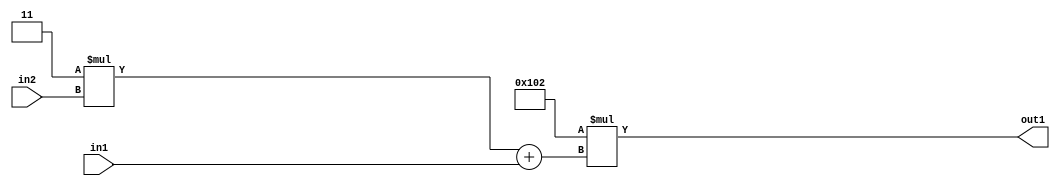
`timescale 1ps / 1ps
/*****************************************************************************
    Verilog RTL Description
    
    
    Created by: Stratus DpOpt 2019.1.01 
*******************************************************************************/

module DC_Filter_Mul2i258Add2u1Mul2i3u2_4 (
	in2,
	in1,
	out1
	); /* architecture "behavioural" */ 
input [1:0] in2;
input  in1;
output [11:0] out1;
wire [11:0] asc001;
wire [3:0] asc002;

wire [3:0] asc002_tmp_0;
assign asc002_tmp_0 = 
	+(4'B0011 * in2);
assign asc002 = asc002_tmp_0
	+(in1);

assign asc001 = 
	+(12'B000100000010 * asc002);

assign out1 = asc001;
endmodule

/* CADENCE  uLbxTAs= : u9/ySgnWtBlWxVPRXgAZ4Og= ** DO NOT EDIT THIS LINE ******/